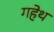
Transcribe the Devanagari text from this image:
गहेथ